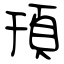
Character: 頇